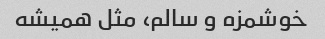
خوشمزه و سالم، مثل همیشه